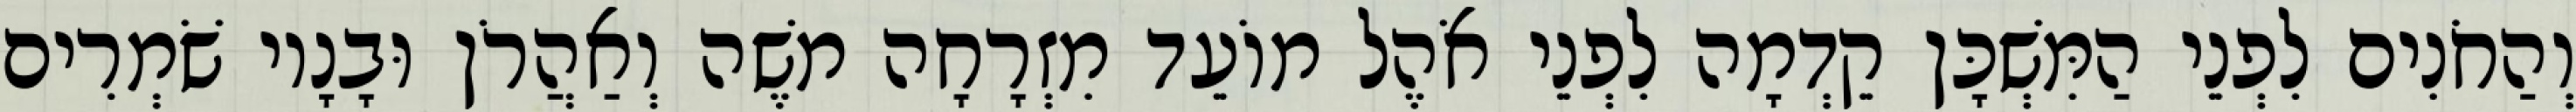
וְהַחֹנִים לִפְנֵי הַמִּשְׁכָּן קֵדְמָה לִפְנֵי אֹהֶל מוֹעֵד מִזְרָחָה משֶׁה וְאַהֲרֹן וּבָנָיו שֹׁמְרִים